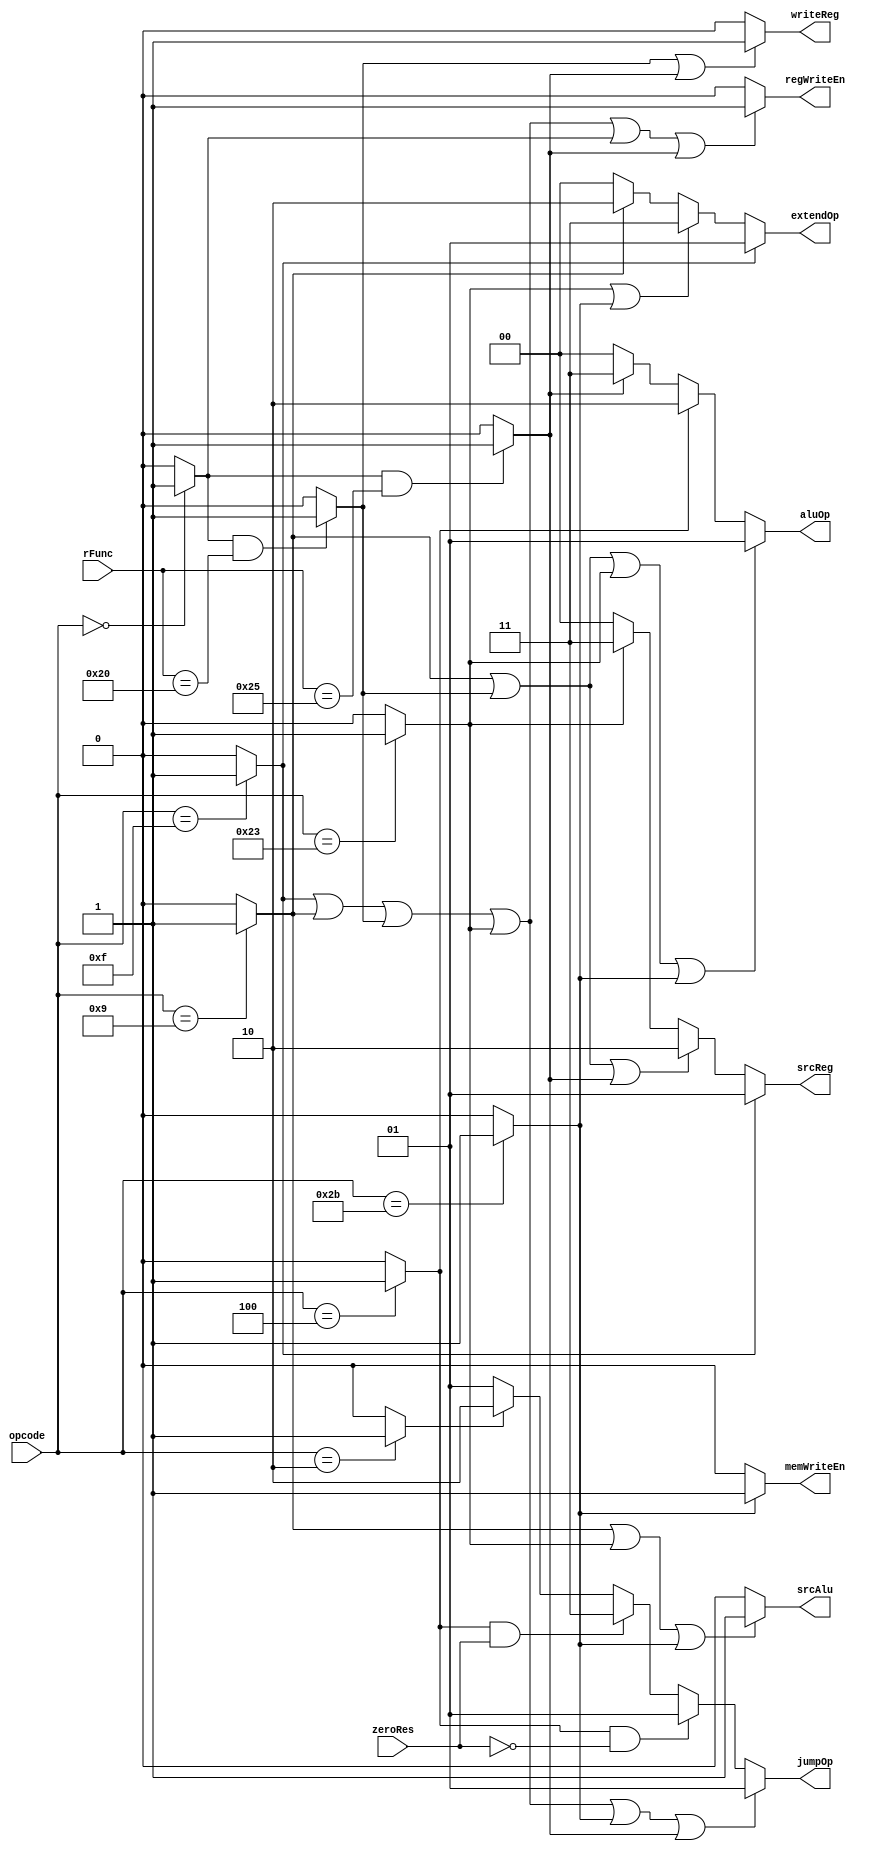
`timescale 1ns / 1ps

// Source of writing into register
`define SRC_DEFAULT 2'b00
`define SRC_IMM		2'b01
`define SRC_ALU 	2'b10
`define SRC_MEM		2'b11

// ALU OP
`define ALU_OP_DEFAULT 	2'b00
`define ALU_OP_PLUS		2'b01 
`define ALU_OP_MINUS	2'b10
`define ALU_OP_OR		2'b11

// Whether write into memory
`define W_MEM_NO	1'b0
`define W_MEM_YES	1'b1

// Whether write into register
`define W_REG_NO 	1'b0
`define W_REG_YES 	1'b1

// Source operator of ALU input
`define ALU_SRC_DEFAULT	1'b0
`define ALU_SRC_EXTEND	1'b1

// Writing Destination Register
`define W_REG_RT	1'b0
`define W_REG_RD	1'b1

// Extend Situations
`define EXTEND_DEFAULT	2'b00
`define EXTEND_LEFT16	2'b01
`define EXTEND_S_IMM32	2'b10
`define EXTEND_U_OFF32	2'b11

// Jump situations
`define JUMP_OP_DEFAULT 2'b00
`define JUMP_OP_P4	 	2'b01
`define JUMP_OP_J		2'b10
`define JUMP_OP_BEQ		2'b11

// I Type
`define LUI_OP 		6'b001111
`define	ADDUI_OP	6'b001001
`define LW_OP 		6'b100011
`define SW_OP		6'b101011
`define BEQ_OP		6'b000100
// R Type
`define R_OP		6'b000000
`define ADD_FUNC	6'b100000
`define OR_FUNC		6'b100101
// J Type
`define J_OP		6'b000010


module controlUnit(
		input[5:0] opcode,			// Opcode[ 31 : 26 ]
 		input[5:0] rFunc,			// R-Instructions Function
		input zeroRes,				// if ALU result = 0

		output[1:0] jumpOp,			// For JUMP
		output[1:0] extendOp,		// For Signal Extend
		output regWriteEn,			// For Register File
		output memWriteEn,			// For Data Memory
		output[1:0] aluOp,			// For ALU
		output writeReg,			// FOR MUX1
		output srcAlu,				// FOR MUX2
		output[1:0] srcReg			// FOR MUX3
	);

wire lui, addiu, add, lw, sw, beq, j, rTemp, _or;

// R Instruction
assign rTemp 	= (opcode == `R_OP) 			? 1 : 0;
assign add 		= (rTemp && rFunc == `ADD_FUNC) ? 1 : 0;
assign _or 		= (rTemp && rFunc == `OR_FUNC)  ? 1 : 0;
// I Instruction
assign lui 		= (opcode == `LUI_OP) 			? 1 : 0;
assign addiu 	= (opcode == `ADDUI_OP) 		? 1 : 0;
assign lw 		= (opcode == `LW_OP) 			? 1 : 0;
assign sw 		= (opcode == `SW_OP) 			? 1 : 0;
assign beq 		= (opcode == `BEQ_OP) 			? 1 : 0;
// J Instruction
assign j 		= (opcode == `J_OP) 			? 1 : 0;

// Control Signals
assign jumpOp = (lui|| addiu|| add|| lw|| sw|| _or) ? `JUMP_OP_P4 :
				(beq && !zeroRes) ? `JUMP_OP_P4 :
				(beq && zeroRes) ? `JUMP_OP_BEQ :
				(j) ? `JUMP_OP_J : 
				`JUMP_OP_P4;

assign extendOp = (lui) ? `EXTEND_LEFT16 :
				  (lw || sw) ? `EXTEND_U_OFF32 :
				  (addiu) ? `EXTEND_S_IMM32 :
				  `EXTEND_DEFAULT;

assign regWriteEn = (lui|| addiu|| add|| lw|| rTemp|| _or) ? `W_REG_YES : 
					`W_REG_NO;

assign memWriteEn = (sw) ? `W_MEM_YES : 
					`W_MEM_NO;

assign aluOp = (addiu|| add|| lw|| sw) ? `ALU_OP_PLUS :
			   (beq) ? `ALU_OP_MINUS :
			   (_or) ? `ALU_OP_OR :
			   `ALU_OP_DEFAULT;

assign writeReg = (add|| _or) ? `W_REG_RD : `W_REG_RT;

assign srcAlu = (addiu|| lw|| sw) ? `ALU_SRC_EXTEND : 
				`ALU_SRC_DEFAULT;

assign srcReg = (lui) ? `SRC_IMM :
				(addiu|| add|| _or) ? `SRC_ALU :
				(lw) ? `SRC_MEM :
				`SRC_DEFAULT; 

endmodule